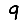
Digit: 9